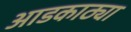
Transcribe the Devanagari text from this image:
आडकाठ्या